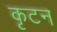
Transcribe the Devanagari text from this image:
कृटन